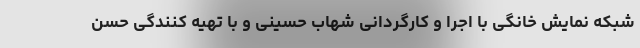
شبکه نمایش خانگی با اجرا و کارگردانی شهاب حسینی و با تهیه کنندگی حسن